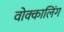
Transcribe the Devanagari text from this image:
वोक्कालिंग